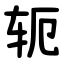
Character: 轭